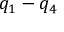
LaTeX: q _ { 1 } - q _ { 4 }